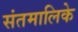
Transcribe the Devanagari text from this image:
संतमालिके